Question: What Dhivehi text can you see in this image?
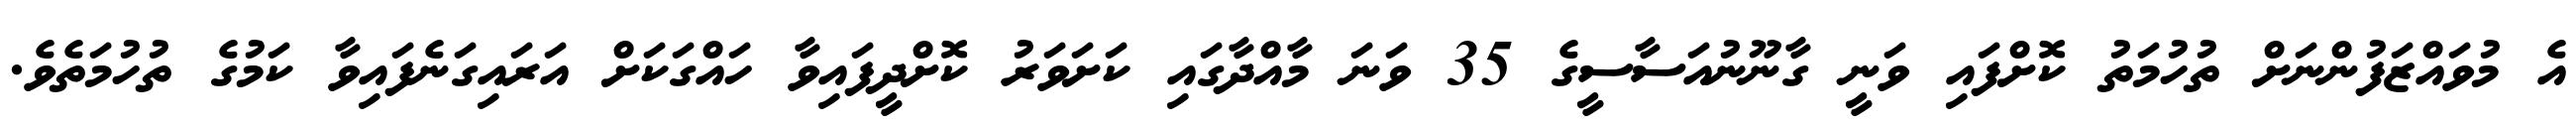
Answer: އެ މުވައްޒަފުންނަށް ތުހުމަތު ކޮށްފައި ވަނީ ގާނޫނުއަސާސީގެ 35 ވަނަ މާއްދާގައި ކަށަވަރު ކޮށްދީފައިވާ ހައްގަކަށް އަރައިގަނެފައިވާ ކަމުގެ ތުހުމަތެވެ.